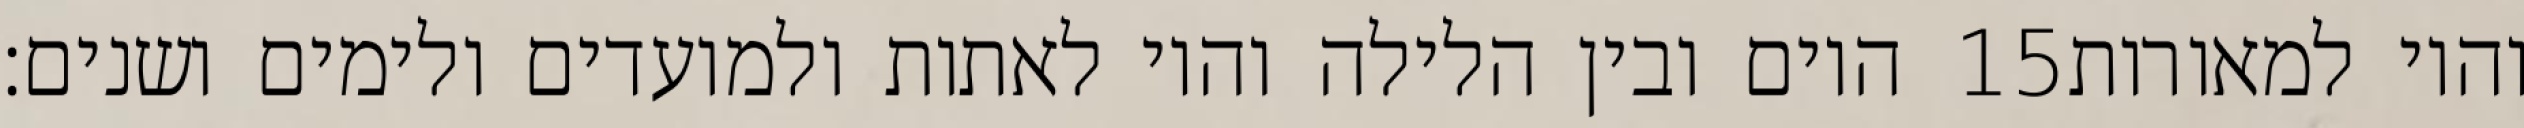
היום ובין הלילה והיו לאתות ולמועדים ולימים ושנים׃ ‎15‏ והיו למאורות